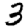
Digit: 3